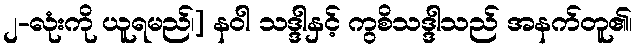
၂-လုံးကို ယူရမည်၊] နဝါ သဒ္ဒါနှင့် ကွစိသဒ္ဒါသည် အနက်တူ၏၊